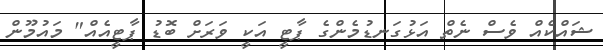
ޝައްކެއް ވެސް ނެތް އަޅުގަނޑުމެންގެ ޕާޓީ އަކީ ވަރަށް ބޮޑު ޕާޓީއެއް" މައުމޫން